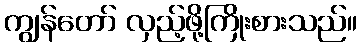
ကျွန်တော် လှည့်ဖို့ကြိုးစားသည်။